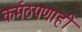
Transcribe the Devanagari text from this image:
कर्मठपणाही